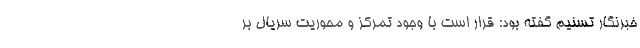
خبرنگار تسنیم گفته بود: قرار است با وجود تمرکز و محوریت سریال بر